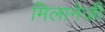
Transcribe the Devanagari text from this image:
मिलानेज़ी